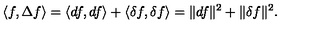
\langle f , \Delta f \rangle = \langle d f , d f \rangle + \langle \delta f , \delta f \rangle = \| d f \| ^ { 2 } + \| \delta f \| ^ { 2 } .